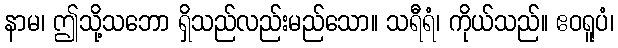
နာမ၊ ဤသို့သဘော ရှိသည်လည်းမည်သော။ သရီရံ၊ ကိုယ်သည်။ ဧဝရူပံ၊